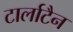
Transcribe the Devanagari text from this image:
टार्लाटैन